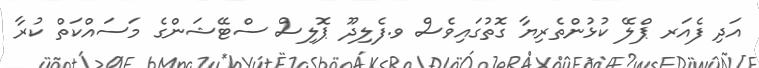
އަދި ފެއަރ ޕްލޭ ކުޅުންތެރިޔާ ގޮތުގައިވެސް ވ.ފެލިދޫ ޕޮލިސް ސްޓޭޝަންގެ މަސައްކަތް ކުރާ